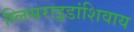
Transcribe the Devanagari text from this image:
ग्लिसराइडांशिवाय